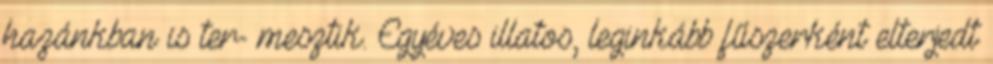
hazánkban is ter- mesztik. Egyéves illatos, leginkább fűszerként elterjedt